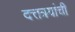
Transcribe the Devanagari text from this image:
दत्तत्रयांची